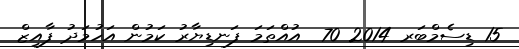
15 ޑިސެމްބަރ 2014 70  އުއްތަމަ ފަނޑިޔާރު ކަމުން އަހުމަދު ފާއިޒް